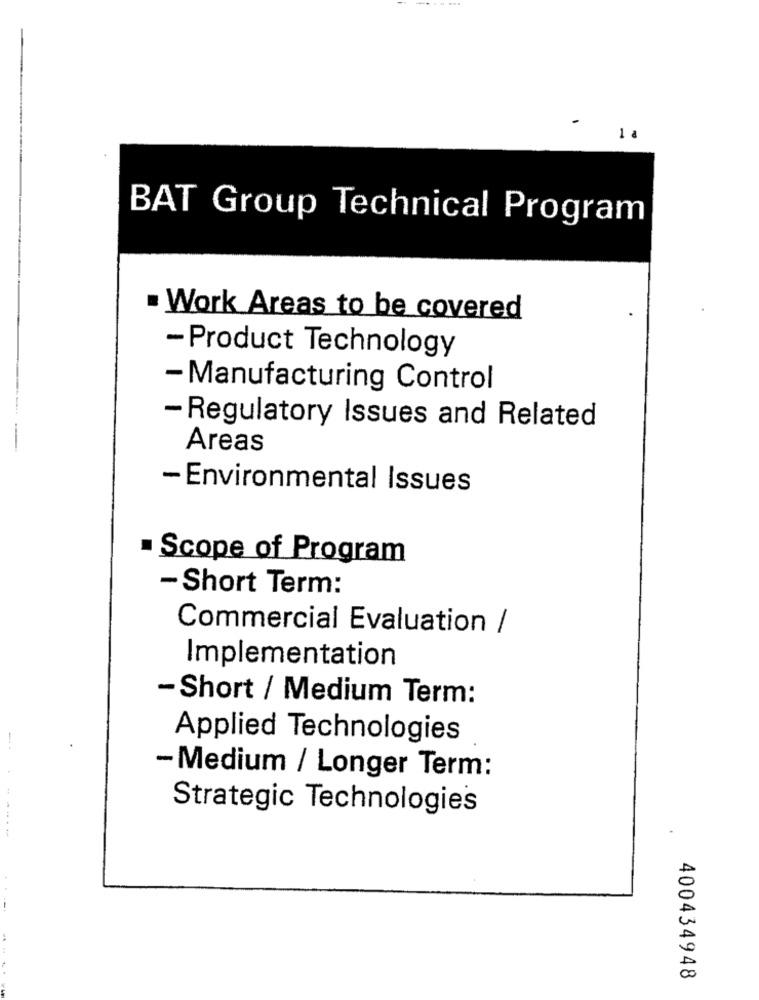
1 a
BAT Group Technical Program
Work Areas to be covered
- Product Technology
- Manufacturing Control
- Regulatory Issues and Related
Areas
- Environmental Issues
Scope of Program
- Short Term:
Commercial Evaluation /
Implementation
- Short / Medium Term:
Applied Technologies
-Medium / Longer Term:
Strategic Technologies
400434948